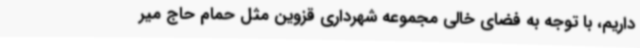
داریم، با توجه به فضای خالی مجموعه شهرداری قزوین مثل حمام حاج میر